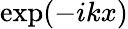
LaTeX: \exp(-ikx)